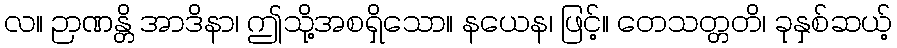
လ။ ဉာဏန္တိ အာဒိနာ၊ ဤသို့အစရှိသော။ နယေန၊ ဖြင့်။ တေသတ္တတိ၊ ခုနှစ်ဆယ့်